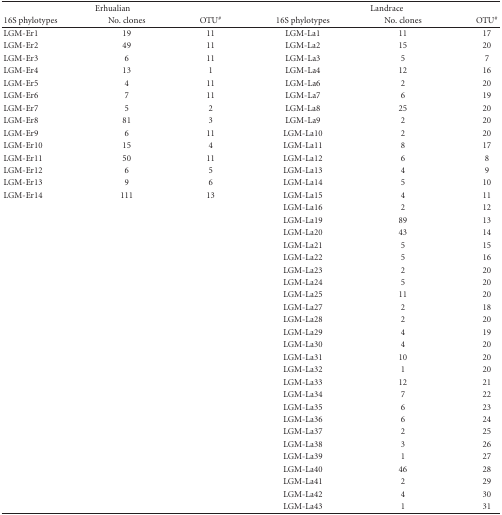
<table><thead><tr><td colspan="3"><b>Erhualian</b></td><td colspan="3"><b>Landrace</b></td></tr><tr><td><b>16S phylotypes</b></td><td><b>No. clones</b></td><td><b>OTU<sup>#</sup></b></td><td><b>16S phylotypes</b></td><td><b>No. clones</b></td><td><b>OTU<sup>#</sup></b></td></tr></thead><tbody><tr><td>LGM-Er1</td><td>19</td><td>11</td><td>LGM-La1</td><td>11</td><td>17</td></tr><tr><td>LGM-Er2</td><td>49</td><td>11</td><td>LGM-La2</td><td>15</td><td>20</td></tr><tr><td>LGM-Er3</td><td>6</td><td>11</td><td>LGM-La3</td><td>5</td><td>7</td></tr><tr><td>LGM-Er4</td><td>13</td><td>1</td><td>LGM-La4</td><td>12</td><td>16</td></tr><tr><td>LGM-Er5</td><td>4</td><td>11</td><td>LGM-La6</td><td>2</td><td>20</td></tr><tr><td>LGM-Er6</td><td>7</td><td>11</td><td>LGM-La7</td><td>6</td><td>19</td></tr><tr><td>LGM-Er7</td><td>5</td><td>2</td><td>LGM-La8</td><td>25</td><td>20</td></tr><tr><td>LGM-Er8</td><td>81</td><td>3</td><td>LGM-La9</td><td>2</td><td>20</td></tr><tr><td>LGM-Er9</td><td>6</td><td>11</td><td>LGM-La10</td><td>2</td><td>20</td></tr><tr><td>LGM-Er10</td><td>15</td><td>4</td><td>LGM-La11</td><td>8</td><td>17</td></tr><tr><td>LGM-Er11</td><td>50</td><td>11</td><td>LGM-La12</td><td>6</td><td>8</td></tr><tr><td>LGM-Er12</td><td>6</td><td>5</td><td>LGM-La13</td><td>4</td><td>9</td></tr><tr><td>LGM-Er13</td><td>9</td><td>6</td><td>LGM-La14</td><td>5</td><td>10</td></tr><tr><td>LGM-Er14</td><td>111</td><td>13</td><td>LGM-La15</td><td>4</td><td>11</td></tr><tr><td></td><td></td><td></td><td>LGM-La16</td><td>2</td><td>12</td></tr><tr><td></td><td></td><td></td><td>LGM-La19</td><td>89</td><td>13</td></tr><tr><td></td><td></td><td></td><td>LGM-La20</td><td>43</td><td>14</td></tr><tr><td></td><td></td><td></td><td>LGM-La21</td><td>5</td><td>15</td></tr><tr><td></td><td></td><td></td><td>LGM-La22</td><td>5</td><td>16</td></tr><tr><td></td><td></td><td></td><td>LGM-La23</td><td>2</td><td>20</td></tr><tr><td></td><td></td><td></td><td>LGM-La24</td><td>5</td><td>20</td></tr><tr><td></td><td></td><td></td><td>LGM-La25</td><td>11</td><td>20</td></tr><tr><td></td><td></td><td></td><td>LGM-La27</td><td>2</td><td>18</td></tr><tr><td></td><td></td><td></td><td>LGM-La28</td><td>2</td><td>20</td></tr><tr><td></td><td></td><td></td><td>LGM-La29</td><td>4</td><td>19</td></tr><tr><td></td><td></td><td></td><td>LGM-La30</td><td>4</td><td>20</td></tr><tr><td></td><td></td><td></td><td>LGM-La31</td><td>10</td><td>20</td></tr><tr><td></td><td></td><td></td><td>LGM-La32</td><td>1</td><td>20</td></tr><tr><td></td><td></td><td></td><td>LGM-La33</td><td>12</td><td>21</td></tr><tr><td></td><td></td><td></td><td>LGM-La34</td><td>7</td><td>22</td></tr><tr><td></td><td></td><td></td><td>LGM-La35</td><td>6</td><td>23</td></tr><tr><td></td><td></td><td></td><td>LGM-La36</td><td>6</td><td>24</td></tr><tr><td></td><td></td><td></td><td>LGM-La37</td><td>2</td><td>25</td></tr><tr><td></td><td></td><td></td><td>LGM-La38</td><td>3</td><td>26</td></tr><tr><td></td><td></td><td></td><td>LGM-La39</td><td>1</td><td>27</td></tr><tr><td></td><td></td><td></td><td>LGM-La40</td><td>46</td><td>28</td></tr><tr><td></td><td></td><td></td><td>LGM-La41</td><td>2</td><td>29</td></tr><tr><td></td><td></td><td></td><td>LGM-La42</td><td>4</td><td>30</td></tr><tr><td></td><td></td><td></td><td>LGM-La43</td><td>1</td><td>31</td></tr></tbody></table>